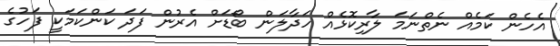
އެހެން ކަމެއް ނެތްނަމަ ލާރިކޮޅެއް ހަދާލަން ބޯޑަށް އެރުން ފަދަ ކަންކަމަކީ ފަހުގެ